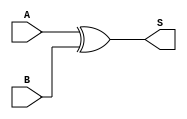
module XOR_Gate (
    input A,
    input B,
    output S
);
    assign S = A ^ B; // Sum is A XOR B
endmodule